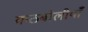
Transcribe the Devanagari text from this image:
कठबोलीयाँ